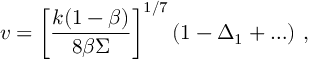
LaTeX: v = \left[ \frac { k ( 1 - \beta ) } { 8 \beta \Sigma } \right] ^ { 1 / 7 } \left( 1 - \Delta _ { 1 } + \ldots \right) \, ,